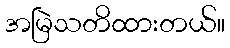
အမြဲသတိထားတယ်။